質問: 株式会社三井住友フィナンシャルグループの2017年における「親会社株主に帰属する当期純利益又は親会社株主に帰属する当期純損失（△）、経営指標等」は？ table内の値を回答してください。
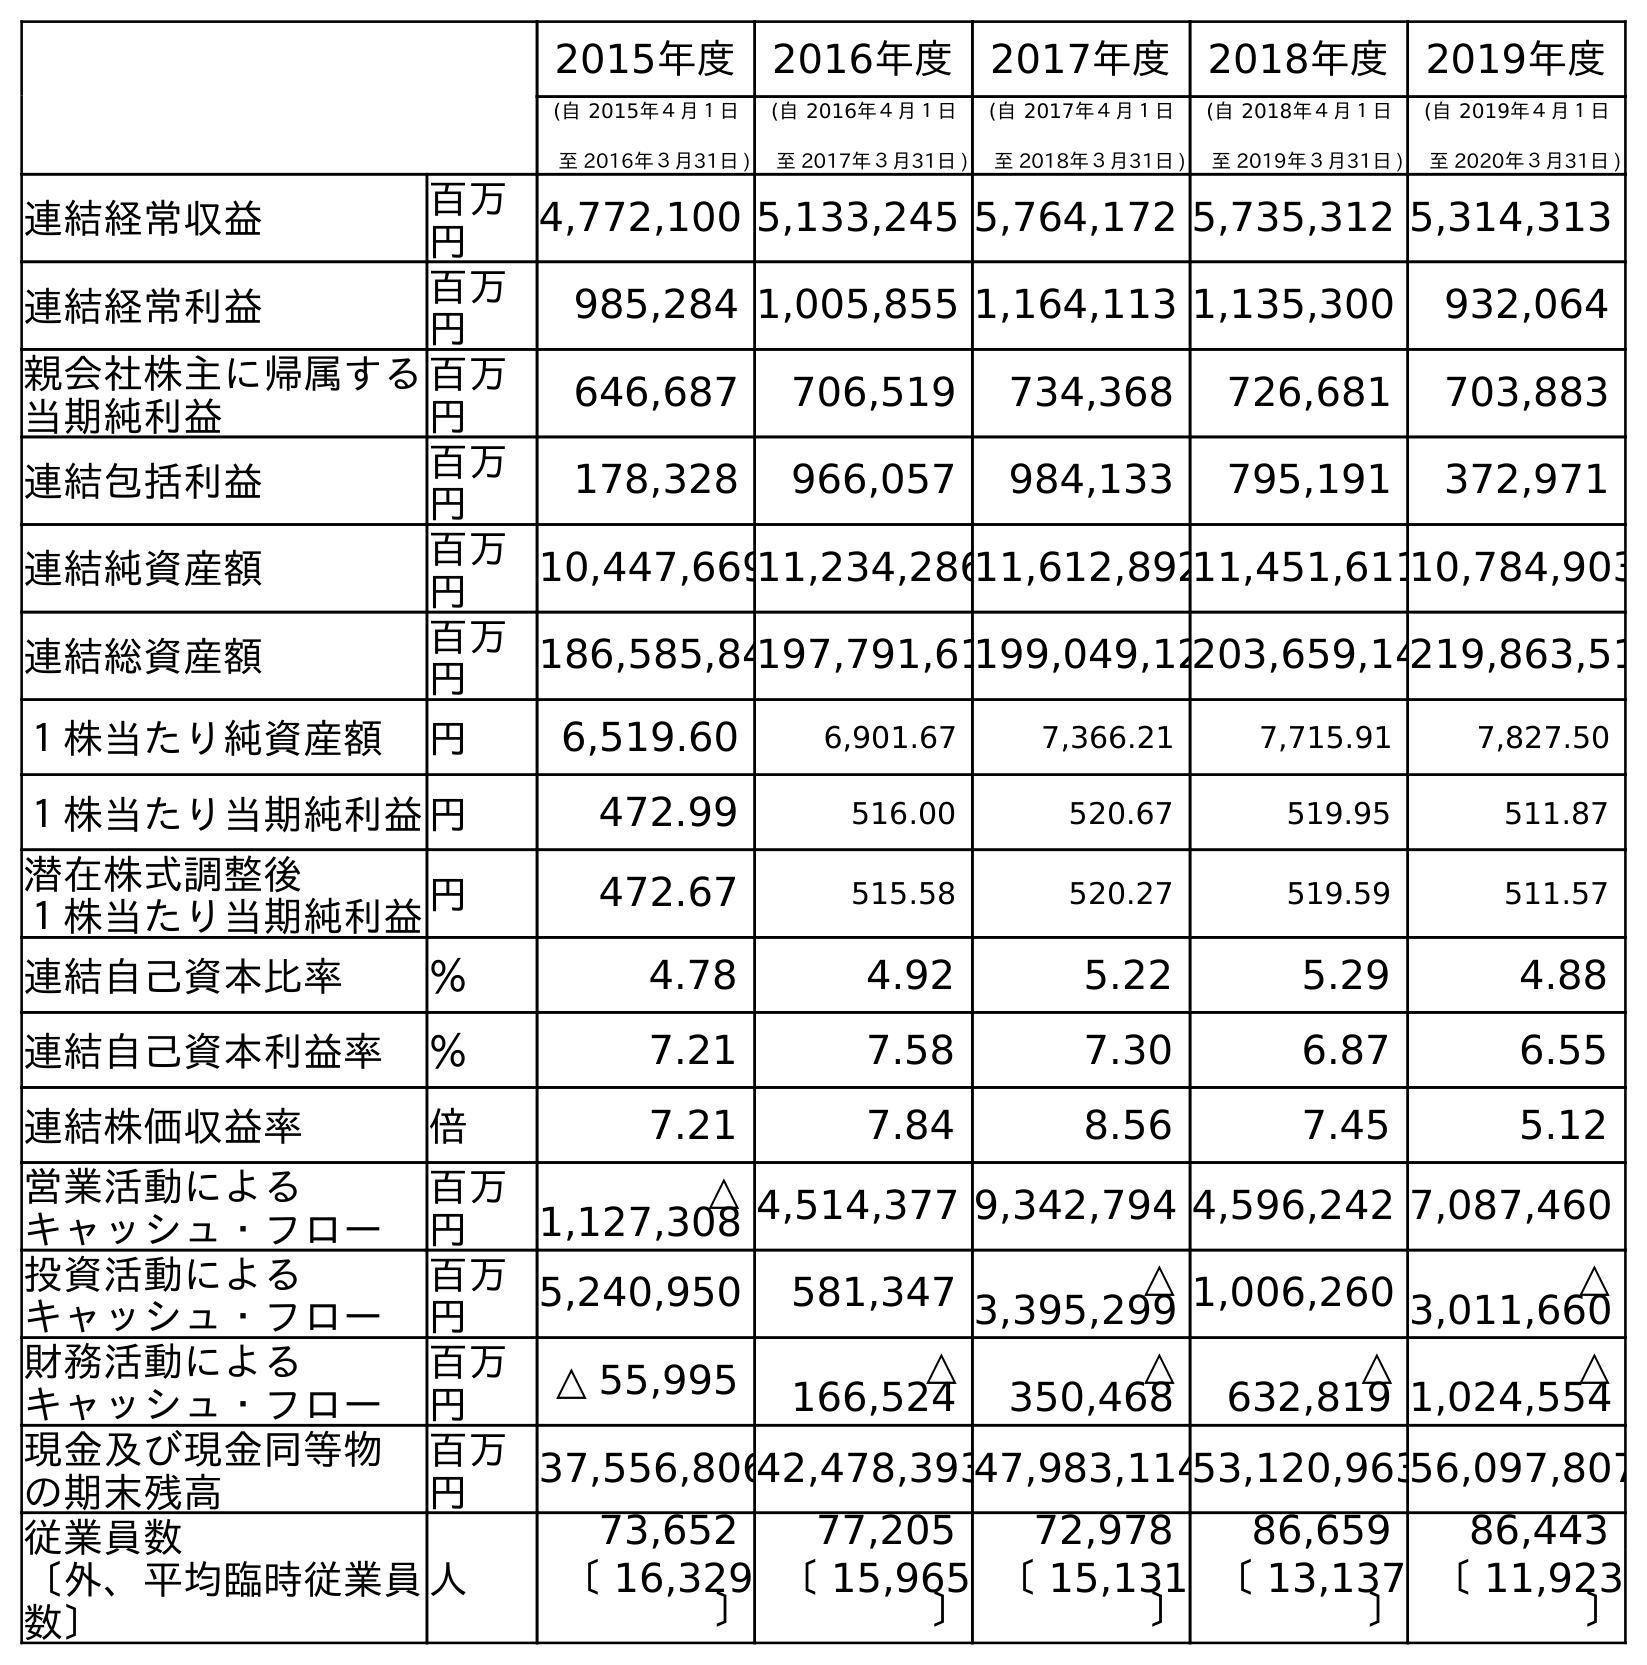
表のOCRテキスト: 2015年度 2016年度 2017年度 2018年度 2019年度 (自 2015年４月１日 至 2016年３月31日 ) (自 2016年４月１日 至 2017年３月31日 ) (自 2017年４月１日 至 2018年３月31日 ) (自 2018年４月１日 至 2019年３月31日 ) (自 2019年４月１日 至 2020年３月31日 ) 連結経常収益 百万 円 4,772,100 5,133,245 5,764,172 5,735,312 5,314,313 連結経常利益 百万 円 985,284 1,005,855 1,164,113 1,135,300 932,064 親会社株主に帰属する 当期純利益 百万 円 646,687 706,519 734,368 726,681 703,883 連結包括利益 百万 円 178,328 966,057 984,133 795,191 372,971 連結純資産額 百万 円 10,447,66911,234,28611,612,89211,451,61110,784,903 連結総資産額 百万 円 186,585,84197,791,61199,049,12203,659,14219,863,51 １株当たり純資産額 円 6,519.60 6,901.67 7,366.21 7,715.91 7,827.50 １株当たり当期純利益円 472.99 516.00 520.67 519.95 511.87 潜在株式調整後 １株当たり当期純利益円 472.67 515.58 520.27 519.59 511.57 連結自己資本比率 ％ 4.78 4.92 5.22 5.29 4.88 連結自己資本利益率 ％ 7.21 7.58 7.30 6.87 6.55 連結株価収益率 倍 7.21 7.84 8.56 7.45 5.12 営業活動による キャッシュ・フロー 百万 円 △ 1,127,308 4,514,377 9,342,794 4,596,242 7,087,460 投資活動による キャッシュ・フロー 百万 円 5,240,950 581,347 △ 3,395,299 1,006,260 △ 3,011,660 財務活動による キャッシュ・フロー 百万 円 △ 55,995 △ 166,524 △ 350,468 △ 632,819 △ 1,024,554 現金及び現金同等物 の期末残高 百万 円 37,556,80642,478,39347,983,11453,120,96356,097,807 従業員数 〔外、平均臨時従業員 数〕 人 73,652 77,205 72,978 86,659 86,443 〔 16,329 〕 〔 15,965 〕 〔 15,131 〕 〔 13,137 〕 〔 11,923 〕
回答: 706,519